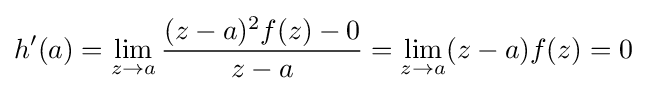
h'(a)=\lim _{z\to a}{\frac {(z-a)^{2}f(z)-0}{z-a}}=\lim _{z\to a}(z-a)f(z)=0